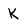
Character: K